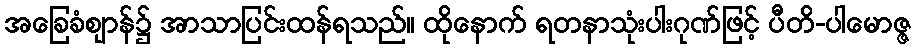
အခြေခံဈာန်၌ အာသာပြင်းထန်ရသည်။ ထိုနောက် ရတနာသုံးပါးဂုဏ်ဖြင့် ပီတိ-ပါမောဇ္ဇ